Civil Veterinary Dept. Bombay admin report 1932-41 - 1932-1941
Year: 1932
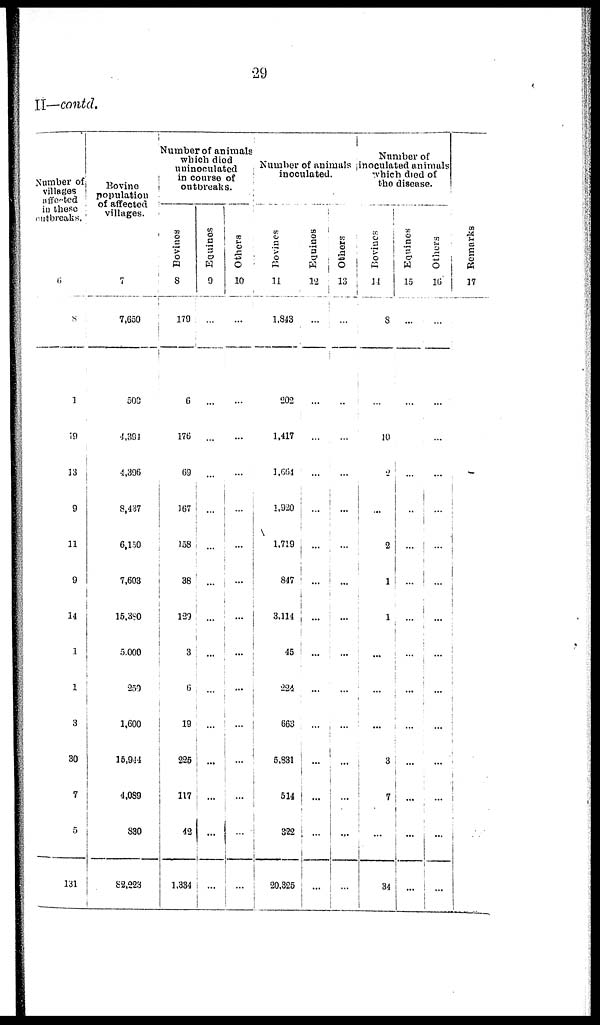
29
II—contd.
Number of,
villages affected
in those
outbreaed.
6
1
19
13
9
11
9
14
1
1
3
30
7
5
131
Bovine
population
of affected
villages.
7
7,650
500
4,391
4,396
8,437
6,150
7,603
15,380
5,000
250
1,600
15,944
4,089
830
82,223
Number of animals
which died
uninoculated
in course of
outbreaks.
Bovnies
8
179
6
176
69
167
158
38
129
3
6
19
225
117
42
1,334
Equines
9
...
...
...
...
...
...
...
...
...
...
...
...
...
...
...
Others
10
...
...
...
...
...
...
...
...
...
...
...
...
...
...
...
Number of animals
inoculated.
Bovines
11
1.843
202
1,417
1.661
1,920
1.719
847
3.114
45
224
663
5.331
514
322
20.325
Equities
12
...
...
...
...
...
...
...
...
...
...
...
...
...
...
...
Others
13
...
...
...
...
...
...
...
...
...
...
...
...
...
...
...
Number of
inoculated animals
which died of
the disease.
Bovines
14
8
...
10
2
...
2
1
1
...
...
...
3
7
...
34
Equines
15
...
...
...
...
...
...
...
...
...
...
...
...
...
...
Others
16
...
...
...
...
...
...
...
...
...
...
...
...
...
...
...
Remarks
17